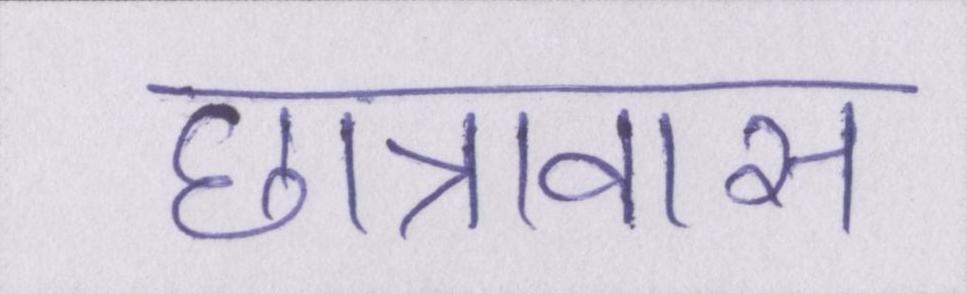
छात्रावास